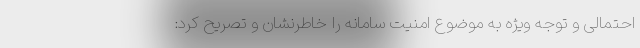
احتمالی و توجه ویژه به موضوع امنیت سامانه را خاطرنشان و تصریح کرد: